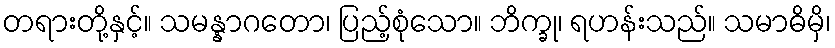
တရားတို့နှင့်။ သမန္နာဂတော၊ ပြည့်စုံသော။ ဘိက္ခု၊ ရဟန်းသည်။ သမာဓိမှိ၊